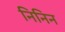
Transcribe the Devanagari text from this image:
निनिन